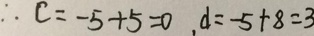
\therefore c = - 5 + 5 = 0 , d = - 5 + 8 = 3